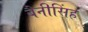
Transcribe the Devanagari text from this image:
बैनीसिंह